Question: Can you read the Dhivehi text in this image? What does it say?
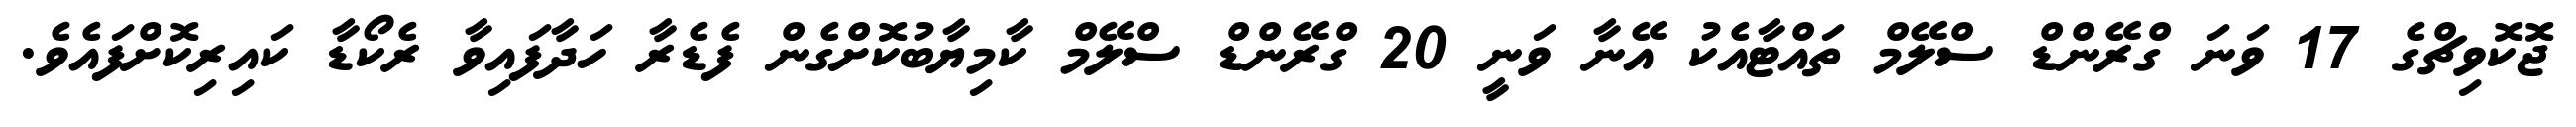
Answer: ޖޮކޮވިޗްގެ 17 ވަނަ ގްރޭންޑް ސްލޭމް ތައްޓާއެކު އޭނާ ވަނީ 20 ގްރޭންޑް ސްލޭމް ކާމިޔާބުކޮށްގެން ފެޑެރާ ހަދާފައިވާ ރެކޯޑާ ކައިރިކޮށްފައެވެ.